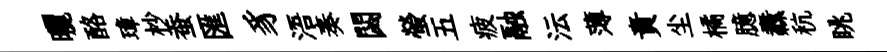
曬酪璋杪蚕匯豸浯奏閟螢五疲融沄薄責尘橘臆纛秔眺